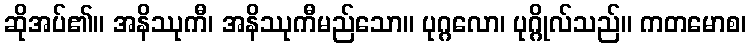
ဆိုအပ်၏။ အနိဿုကီ၊ အနိဿုကီမည်သော။ ပုဂ္ဂလော၊ ပုဂ္ဂိုလ်သည်။ ကတမောစ၊